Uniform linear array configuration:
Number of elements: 12
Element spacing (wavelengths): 0.75
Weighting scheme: exponential
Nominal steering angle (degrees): -60
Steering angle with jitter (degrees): -60.907
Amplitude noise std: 0.05
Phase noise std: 0.05

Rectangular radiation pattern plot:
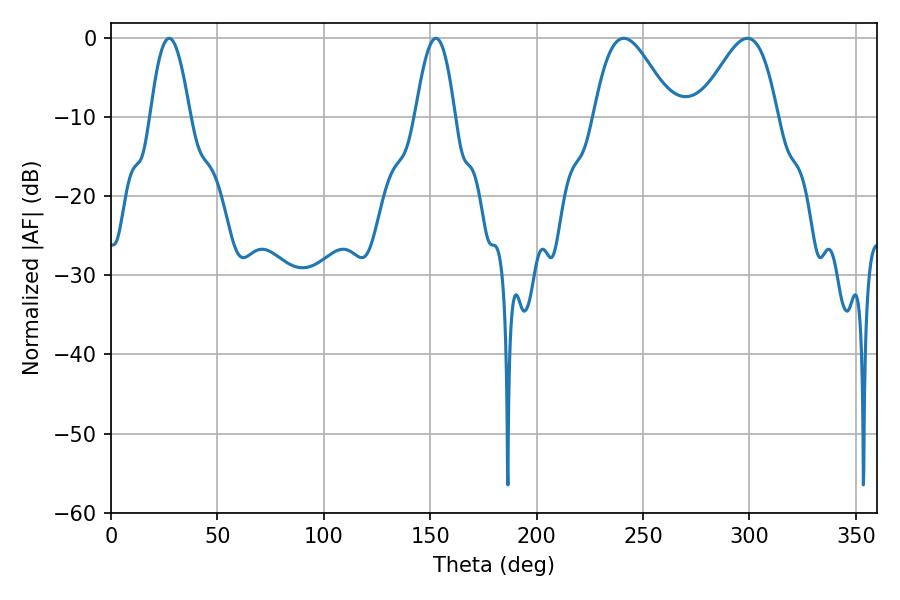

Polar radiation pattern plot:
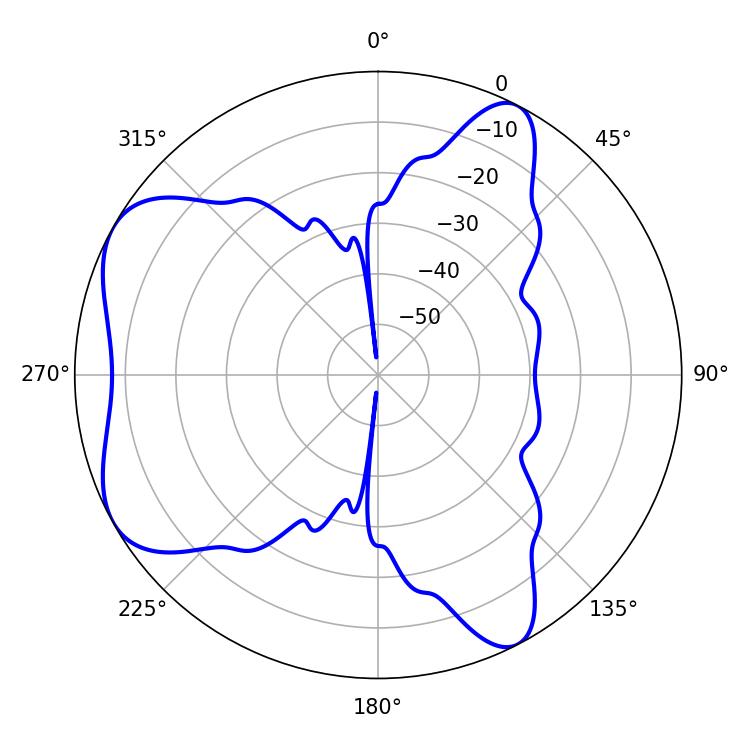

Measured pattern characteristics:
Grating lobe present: TRUE
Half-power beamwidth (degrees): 10.08
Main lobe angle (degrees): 27.36